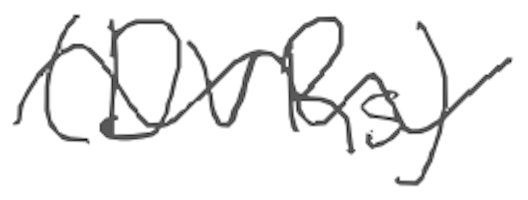
Text: (DVRs)
Cross-out: wave
Writing tool: digital_gray